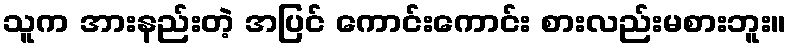
သူက အားနည်းတဲ့ အပြင် ကောင်းကောင်း စားလည်းမစားဘူး။